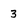
Character: 3